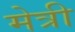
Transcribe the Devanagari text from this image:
मेत्री